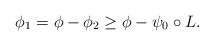
\begin{align*}\phi_1 = \phi - \phi_2 \geq \phi - \psi_0\circ L.\end{align*}